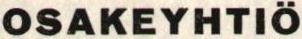
OSAKEYHTIÖ